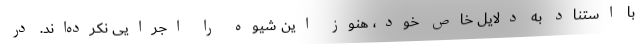
با استناد به دلایل خاص خود، هنوز این شیوه را اجرایی نکرده‌اند. در